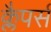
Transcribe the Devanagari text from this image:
क्लैपर्स